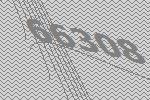
66308